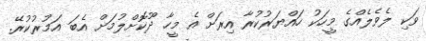
ވަކި ލެވެލެއްގެ މީހަކު ހައްޔަރުކުރާ އިރަށް އެ މީހާ ދޫކޮށްލުމަށް އެބަ އަމުރުކުރޭ.